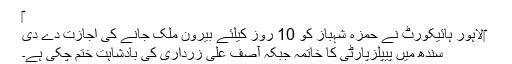
‎
لاہور ہائیکورٹ نے حمزہ شہباز کو 10 روز کیلئے بیرون ملک جانے کی اجازت دے دی‎
سندھ میں پیپلزپارٹی کا خاتمہ جبکہ آصف علی زرداری کی بادشاہت ختم چکی ہے۔